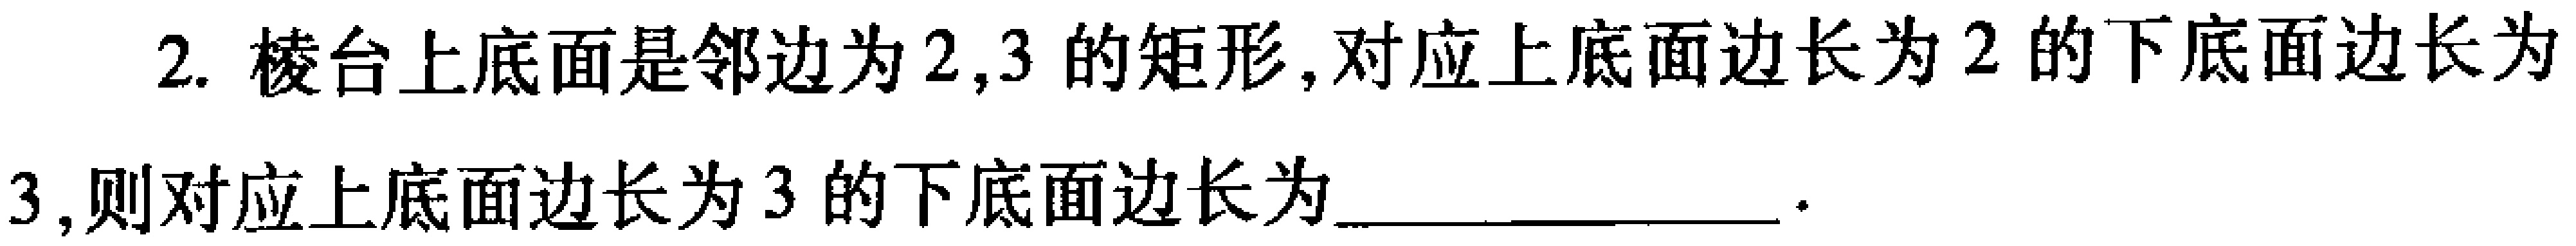
2. 棱台上底面是邻边为\(2,3\)的矩形, 对应上底面边长为\(2\)的下底面边长为\(3\),则对应上底面边长为\(3\)的下底面边长为________________.